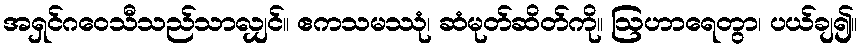
အရှင်ဂဝေသီသည်သာလျှင်။ ဧကသမဿုံ၊ ဆံမုတ်ဆိတ်ကို။ ဩဟာရေတွာ၊ ပယ်ချ၍။